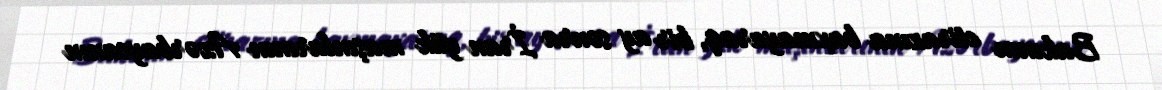
Bakının etirazına baxmayaraq, bir ay sonra İran yük maşınlarının Azərbaycanın